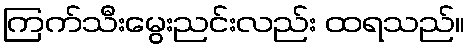
ကြက်သီးမွေးညင်းလည်း ထရသည်။